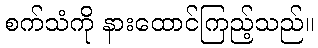
စက်သံကို နားထောင်ကြည့်သည်။